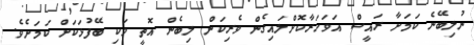
ނުލިބޭނެ ކަމަށާ ރައީސް އަވަހަރާކޮށްލައިގެން ވެރިކަން ލިބެން އޮތީ ވަކި ބޭފުޅަކަށް ކަމަށެވެ.